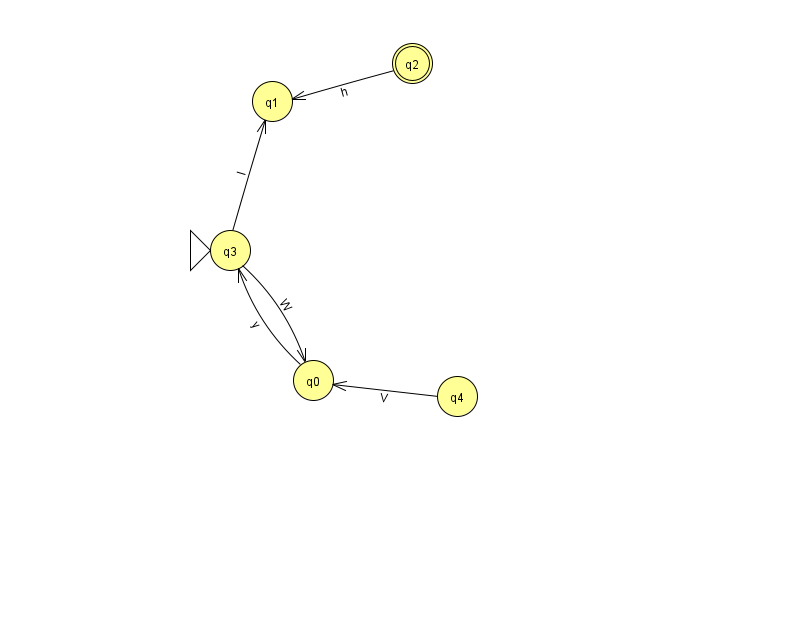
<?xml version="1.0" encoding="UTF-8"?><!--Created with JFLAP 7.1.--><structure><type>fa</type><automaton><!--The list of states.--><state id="0" name="q0"><x>313.0</x><y>367.0</y></state><state id="1" name="q1"><x>272.0</x><y>88.0</y></state><state id="2" name="q2"><x>412.0</x><y>50.0</y><final/></state><state id="3" name="q3"><x>230.0</x><y>237.0</y><initial/></state><state id="4" name="q4"><x>457.0</x><y>383.0</y></state><!--The list of transitions.--><transition><from>3</from><to>0</to><read>W</read></transition><transition><from>2</from><to>1</to><read>h</read></transition><transition><from>0</from><to>3</to><read>y</read></transition><transition><from>4</from><to>0</to><read>V</read></transition><transition><from>3</from><to>1</to><read>I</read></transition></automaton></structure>